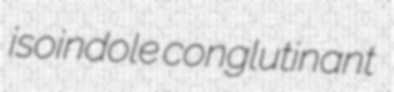
isoindole conglutinant